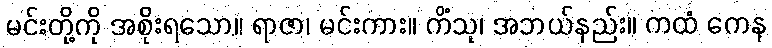
မင်းတို့ကို အစိုးရသော။ ရာဇာ၊ မင်းကား။ ကိံသု၊ အဘယ်နည်း။ ကထံ ကေန